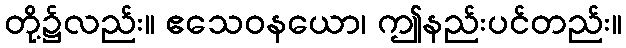
တို့၌လည်း။ ဧသေဝနယော၊ ဤနည်းပင်တည်း။